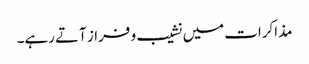
مذاکرات میں نشیب و فراز آتے رہے۔